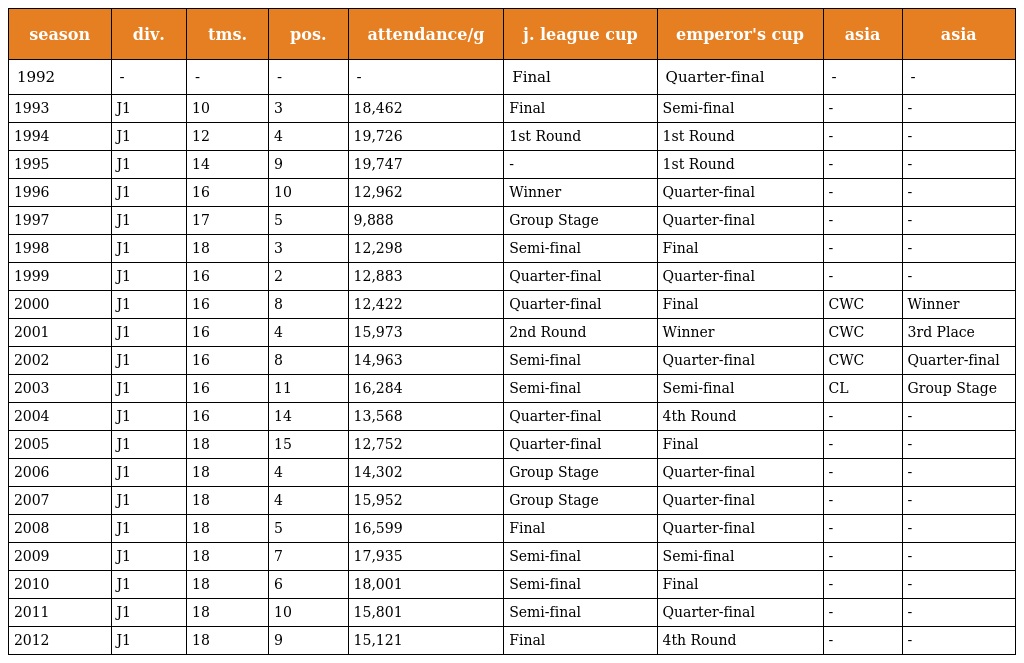
| season | div. | tms. | pos. | attendance/g | j. league cup | emperor's cup | asia | asia |
 | --- | --- | --- | --- | --- | --- | --- | --- | --- |
 | 1992 | - | - | - | - | Final | Quarter-final | - | - |
 | 1993 | J1 | 10 | 3 | 18,462 | Final | Semi-final | - | - |
 | 1994 | J1 | 12 | 4 | 19,726 | 1st Round | 1st Round | - | - |
 | 1995 | J1 | 14 | 9 | 19,747 | - | 1st Round | - | - |
 | 1996 | J1 | 16 | 10 | 12,962 | Winner | Quarter-final | - | - |
 | 1997 | J1 | 17 | 5 | 9,888 | Group Stage | Quarter-final | - | - |
 | 1998 | J1 | 18 | 3 | 12,298 | Semi-final | Final | - | - |
 | 1999 | J1 | 16 | 2 | 12,883 | Quarter-final | Quarter-final | - | - |
 | 2000 | J1 | 16 | 8 | 12,422 | Quarter-final | Final | CWC | Winner |
 | 2001 | J1 | 16 | 4 | 15,973 | 2nd Round | Winner | CWC | 3rd Place |
 | 2002 | J1 | 16 | 8 | 14,963 | Semi-final | Quarter-final | CWC | Quarter-final |
 | 2003 | J1 | 16 | 11 | 16,284 | Semi-final | Semi-final | CL | Group Stage |
 | 2004 | J1 | 16 | 14 | 13,568 | Quarter-final | 4th Round | - | - |
 | 2005 | J1 | 18 | 15 | 12,752 | Quarter-final | Final | - | - |
 | 2006 | J1 | 18 | 4 | 14,302 | Group Stage | Quarter-final | - | - |
 | 2007 | J1 | 18 | 4 | 15,952 | Group Stage | Quarter-final | - | - |
 | 2008 | J1 | 18 | 5 | 16,599 | Final | Quarter-final | - | - |
 | 2009 | J1 | 18 | 7 | 17,935 | Semi-final | Semi-final | - | - |
 | 2010 | J1 | 18 | 6 | 18,001 | Semi-final | Final | - | - |
 | 2011 | J1 | 18 | 10 | 15,801 | Semi-final | Quarter-final | - | - |
 | 2012 | J1 | 18 | 9 | 15,121 | Final | 4th Round | - | - |